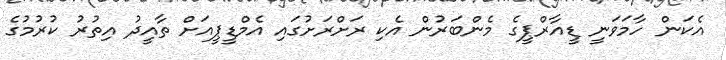
އެކަން ހާމަވަނީ ޑީއާރްޕީގެ މެންބަރުން އެކި ރަށްރަށުގައި އެމްޑީޕީއަށް ތާއީދު އިތުރު ކުރުމުގެ